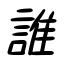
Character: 誰